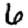
Digit: 6